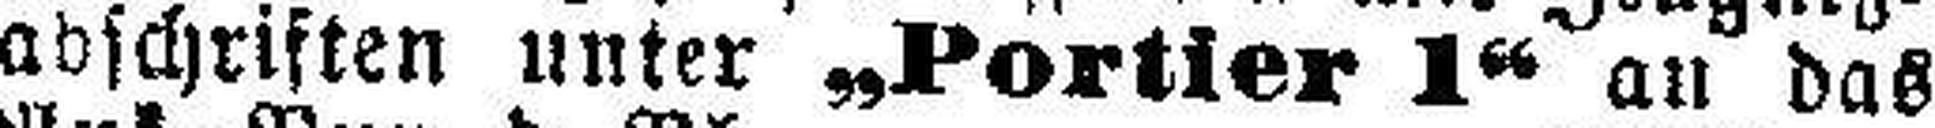
abschriften unter „Portier 1“ an das